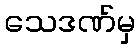
သေဒဏ်မှ